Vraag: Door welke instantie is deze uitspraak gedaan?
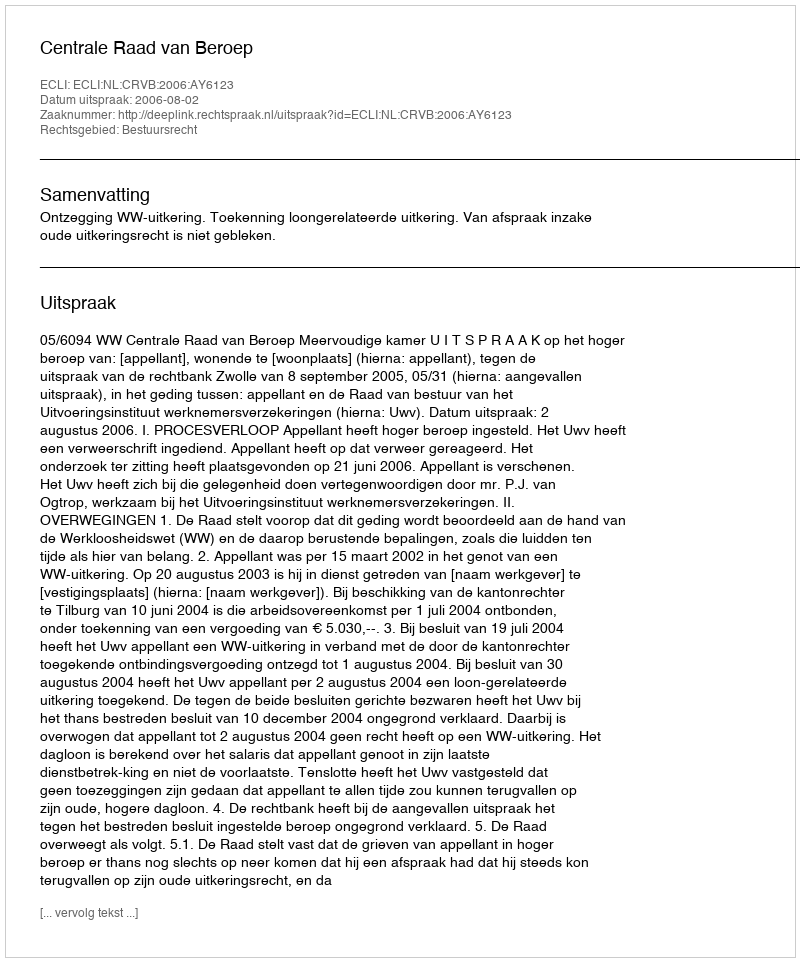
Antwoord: Centrale Raad van Beroep